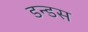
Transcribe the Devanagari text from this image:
डन्डस